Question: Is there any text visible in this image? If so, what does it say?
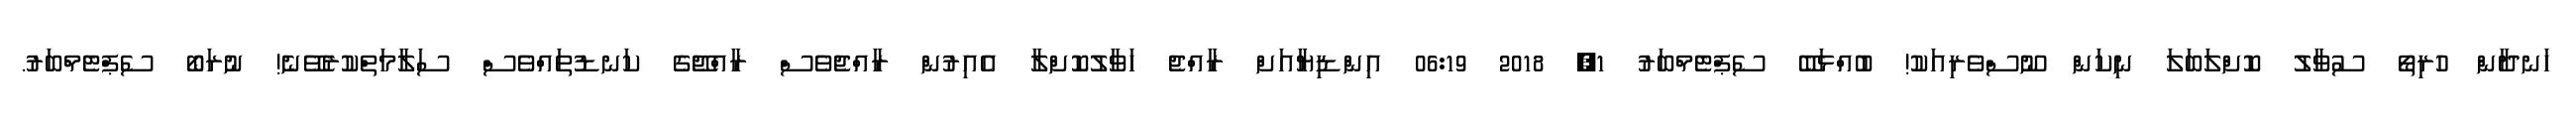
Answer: ހަނދާން ހުރިތޯ ސުވާލު ކޮށްލަބަލަ ނިކަން ނޫސްވެރިއަކު! ބުއްޅަބޭ ސެޕްޓެމްބަރު 1, 2018 06:19 އިންޑިޔާއަށް ރާއްޖެ ހަވާލުކޮށްލާ އެއިރުން ރާއްޖެވެސް ރާއްޖޭގެ ކަނޑުތައްވެސް ސަލާމަތްކުރެވޭނެ! ނުރަބޯ ސެޕްޓެމްބަރު.